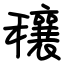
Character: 穰